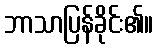
ဘာသာပြန်ခိုင်း၏။